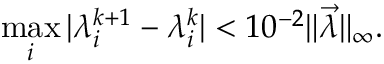
\operatorname* { m a x } _ { i } | \lambda _ { i } ^ { k + 1 } - \lambda _ { i } ^ { k } | < 1 0 ^ { - 2 } \| \vec { \lambda } \| _ { \infty } .